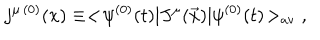
LaTeX: j ^ { \mu \, ( 0 ) } ( x ) \equiv < \! \psi ^ { ( 0 ) } ( t ) | J ^ { \mu } ( \vec { x } ) | \psi ^ { ( 0 ) } ( t ) \! > _ { \mathrm { a v } } \; ,